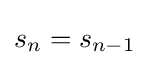
s_{n}=s_{n-1}